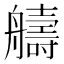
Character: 𫇠